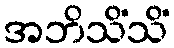
အဘိသိံသိံ